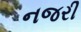
નજરી